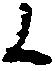
候